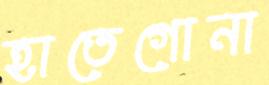
হাতেগোনা